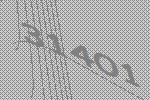
31401